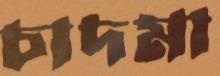
চাদমা